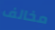
مخالف